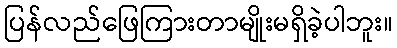
ပြန်လည်ဖြေကြားတာမျိုးမရှိခဲ့ပါဘူး။